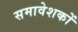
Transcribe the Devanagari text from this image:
समावेशकों